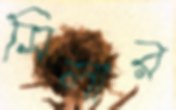
সিলার